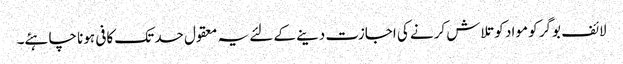
لائف بوگر کو مواد کو تلاش کرنے کی اجازت دینے کے لئے یہ معقول حد تک کافی ہونا چاہئے۔